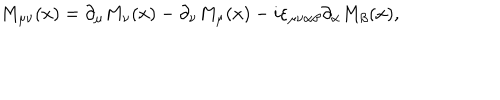
M _ { \mu \nu } ( x ) = \partial _ { \mu } M _ { \nu } ( x ) - \partial _ { \nu } M _ { \mu } ( x ) - i \varepsilon _ { \mu \nu \alpha \beta } \partial _ { \alpha } M _ { \beta } ( x ) ,